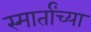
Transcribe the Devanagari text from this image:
स्मार्तांच्या